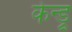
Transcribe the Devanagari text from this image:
केन्ड्रू